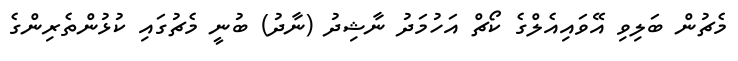
މެޗުން ބަލިވި އޭވައިއެލްގެ ކޯޗް އަހުމަދު ނާޝިދު (ނާދު) ބުނީ މެޗުގައި ކުޅުންތެރިންގެ